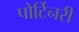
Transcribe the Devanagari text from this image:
पोर्टिनरी